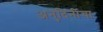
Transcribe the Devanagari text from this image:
अनुदिनींचा